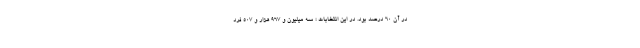
در آن ۶۰ درصد بود. در این انتخابات ؛ سه میلیون و ۹۶۷ هزار و ۵۰۷ فرد